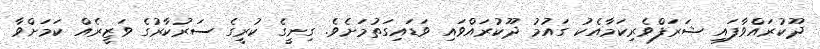
ދޫކުރައްވާފައި ޝަރަފްވެރިކަމާއެކު ގައުމު ދޫކުރައްވައި ވަޑައިގަތުމަށެވެ. ގިނީގެ ކުރީގެ ސަރުކާރުގެ ވަޒީރެއް ކަމަށްވާ